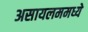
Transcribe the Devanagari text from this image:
असायलममध्ये